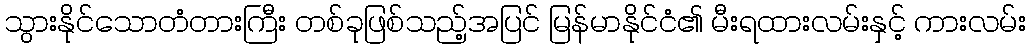
သွားနိုင်သောတံတားကြီး တစ်ခုဖြစ်သည့်အပြင် မြန်မာနိုင်ငံ၏ မီးရထားလမ်းနှင့် ကားလမ်း